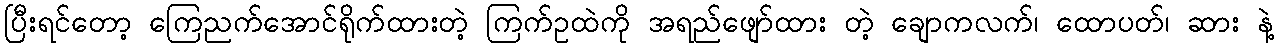
ပြီးရင်တော့ ကြေညက်အောင်ရိုက်ထားတဲ့ ကြက်ဥထဲကို အရည်ဖျော်ထား တဲ့ ချောကလက်၊ ထောပတ်၊ ဆား နဲ့